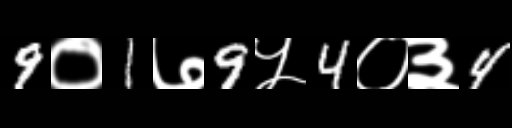
Text: 9०1७9५4०३4